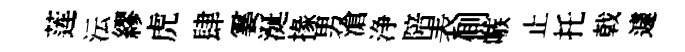
莲沄繆虎肆霎涎掾男滄浄陪表側嗾止托戟遽